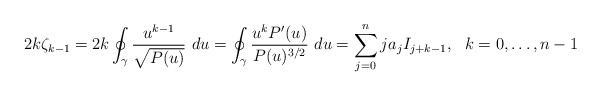
\begin{align*}2k\zeta_{k-1}=2k\oint_\gamma\frac{u^{k-1}}{\sqrt{P(u)}}~du=\oint_\gamma\frac{u^kP'(u)}{P(u)^{3/2}}~du=\sum_{j=0}^nja_jI_{j+k-1},~~k=0,\ldots,n-1\end{align*}